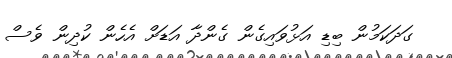
ގަދަކަމުން ބިޑި އަޅުވައިގެން ގެންދާ އަޑަށް އެހެން ކުދިން ވެސް